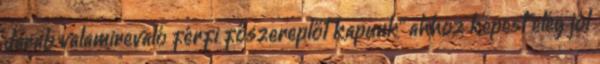
darab valamirevaló férfi főszereplőt kapunk” ahhoz képest elég jól